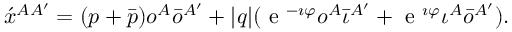
\acute { x } ^ { A A ^ { \prime } } = ( p + \bar { p } ) o ^ { A } \bar { o } ^ { A ^ { \prime } } + | q | ( \textrm { e } ^ { - \i \varphi } o ^ { A } \bar { \iota } ^ { A ^ { \prime } } + \textrm { e } ^ { \i \varphi } \iota ^ { A } \bar { o } ^ { A ^ { \prime } } ) .